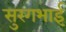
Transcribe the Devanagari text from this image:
सुरगभाई